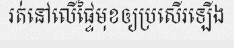
រត់នៅលើផ្ទៃមុខឲ្យប្រសើរឡើង